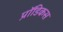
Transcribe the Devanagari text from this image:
प्रॉडिकस